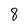
Character: 8